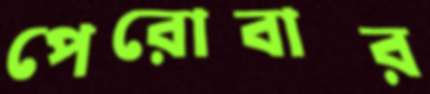
পেরোবার